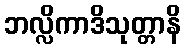
ဘလ္လိကာဒိသုတ္တာနိ